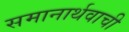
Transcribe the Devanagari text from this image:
समानार्थवाची